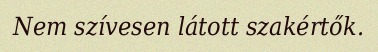
Nem szívesen látott szakértők.